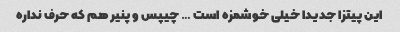
این پیتزا جدیدا خیلی خوشمزه است … چیپس و پنیر هم که حرف نداره